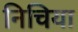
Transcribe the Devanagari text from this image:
निचिया